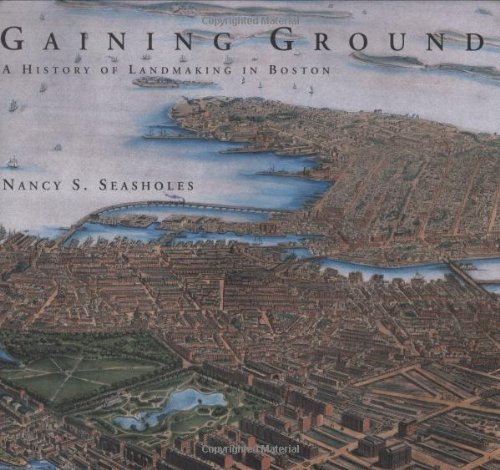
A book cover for Gaining Ground: A History of Landmaking in Boston; Nancy S. Seasholes; Arts & Photography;